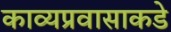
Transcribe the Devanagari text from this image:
काव्यप्रवासाकडे